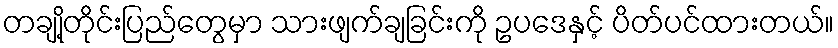
တချို့တိုင်းပြည်တွေမှာ သားဖျက်ချခြင်းကို ဥပဒေနှင့် ပိတ်ပင်ထားတယ်။